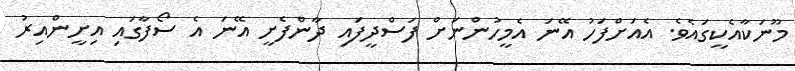
މޫނަކާއެކީގައެވެ. އެއަށްފަހު އޭނަ އެމީހުންނަށް ފަސްދީފައި ދާންފެށީ އޭނަ އެ ސޯފާގައި އިށީންއިރު